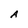
Character: A